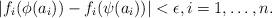
LaTeX: \begin{align*} | f_i(\phi(a_i)) - f_i(\psi(a_i))| < \epsilon, i=1,\dots, n. \end{align*}